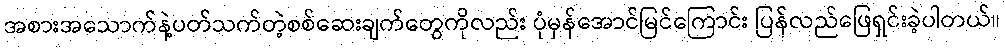
အစားအသောက်နဲ့ပတ်သက်တဲ့စစ်ဆေးချက်တွေကိုလည်း ပုံမှန်အောင်မြင်ကြောင်း ပြန်လည်ဖြေရှင်းခဲ့ပါတယ်။